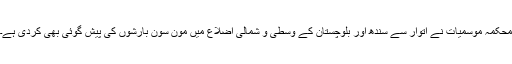
محکمہ موسمیات نے اتوار سے سندھ اور بلوچستان کے وسطی و شمالی اضلاع میں مون سون بارشوں کی پیش گوئی بھی کردی ہے۔